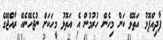
ފާދިއްޕޮޅު އަތޮޅޭ ކަން މިހެން ހުރުމުން އެ އަތޮޅު މީހަކަށް ނުޖެހޭނެއޭ ރާއްޖޭގެ